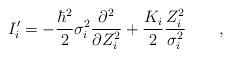
LaTeX: \begin{align*}I_i^{\prime }=-\frac{\hbar ^2}2\sigma _i^2\frac{\partial ^2}{\partial Z_i^2}+\frac{ K_i}2\frac{Z_i^2}{\sigma _i^2}\qquad ,\end{align*}